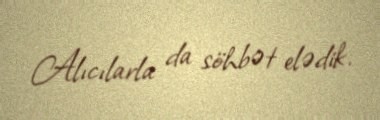
Alıcılarla da söhbət elədik.